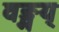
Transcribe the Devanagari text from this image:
वङ्मय्